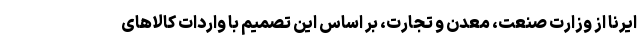
ایرنا از وزارت صنعت، معدن و تجارت، بر اساس این تصمیم با واردات کالاهای